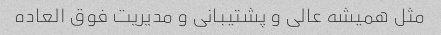
مثل همیشه عالی و پشتیبانی و مدیریت فوق العاده